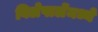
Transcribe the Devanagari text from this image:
विलेपार्लेमध्ये